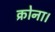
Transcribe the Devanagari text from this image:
क्रोना।